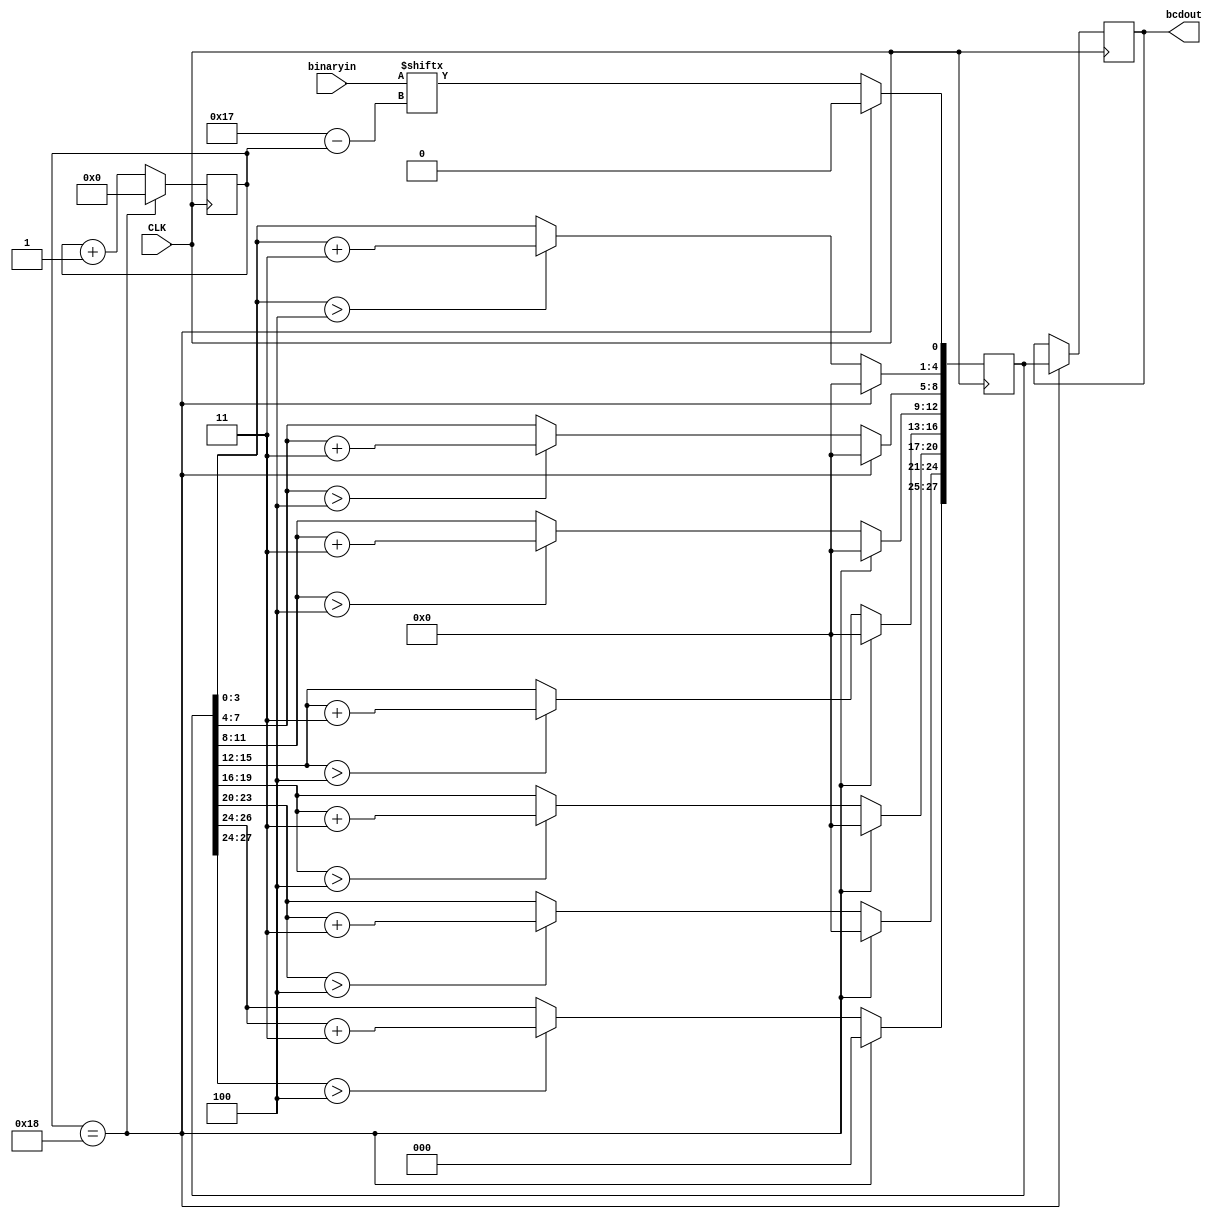
`timescale 1ns / 1ps
//////////////////////////////////////////////////////////////////////////////////

// Engineer: 
// Module Name: binary2bcd
// Description: binarybcd7bcd

//////////////////////////////////////////////////////////////////////////////////
module binary2bcd(
    input CLK,
    input [23:0] binaryin,//
    (* KEEP = "TRUE" *)output reg [27:0] bcdout//7
//    ,(* KEEP = "TRUE" *)output reg [28:0] bcd
//    ,(* KEEP = "TRUE" *)output reg [4:0] count
    );
    (* KEEP = "TRUE" *)reg [4:0] count;
    (* KEEP = "TRUE" *)reg [28:0] bcd;
    always@(posedge CLK)
    begin
            if(count == 24)
            begin
                bcdout <= bcd[27:0];
                count <= 0;
                bcd <= 0;
            end
            else
            begin
                if(bcd[3:0]>4)
                    bcd[4:1] <= bcd[3:0]+3;
                else
                    bcd[4:1] <= bcd[3:0];
                if(bcd[7:4]>4)
                    bcd[8:5] <= bcd[7:4]+3;
                else
                    bcd[8:5] <= bcd[7:4];
                if(bcd[11:8]>4)
                    bcd[12:9] <= bcd[11:8]+3;
                else
                    bcd[12:9] <= bcd[11:8];
                if(bcd[15:12]>4)
                    bcd[16:13] <= bcd[15:12]+3;
                else
                    bcd[16:13] <= bcd[15:12]; 
                if(bcd[19:16]>4)
                    bcd[20:17] <= bcd[19:16]+3;
                else
                    bcd[20:17] <= bcd[19:16];                    
                if(bcd[23:20]>4)
                    bcd[24:21] <= bcd[23:20]+3;
                else
                    bcd[24:21] <= bcd[23:20];
                if(bcd[27:24]>4)
                    bcd[28:25] <= bcd[27:24]+3;
                else
                    bcd[28:25] <= bcd[27:24];                                      
                bcd[0] <= binaryin[23-count];
                count <= count+1;
            end
    end   
endmodule